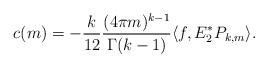
LaTeX: \begin{align*}c(m)= -\frac{k}{12}\frac{(4\pi m)^{k-1}}{\Gamma(k-1)} \langle f, E_2^{*} P_{k, m} \rangle.\end{align*}